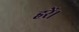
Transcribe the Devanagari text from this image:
हरें।